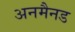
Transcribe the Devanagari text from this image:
अनमैनड